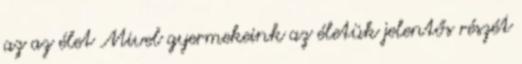
az az élet Mivel gyermekeink az életük jelentős részét